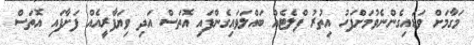
މަގާމަށް ވަޑައިގެންނެވުމަށްފަހު އިތުރު ފްލެޓެއް ބައްލަވައިގެންފައި އޮތަސް އަދި ވިޔަފާރީއެއް ފަށާފައި އޮތަސް